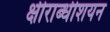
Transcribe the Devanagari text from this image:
क्षीराब्धीशयन